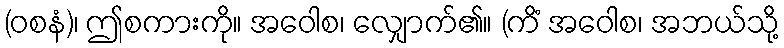
(ဝစနံ)၊ ဤစကားကို။ အဝေါစ၊ လျှောက်၏။ (ကိံ အဝေါစ၊ အဘယ်သို့